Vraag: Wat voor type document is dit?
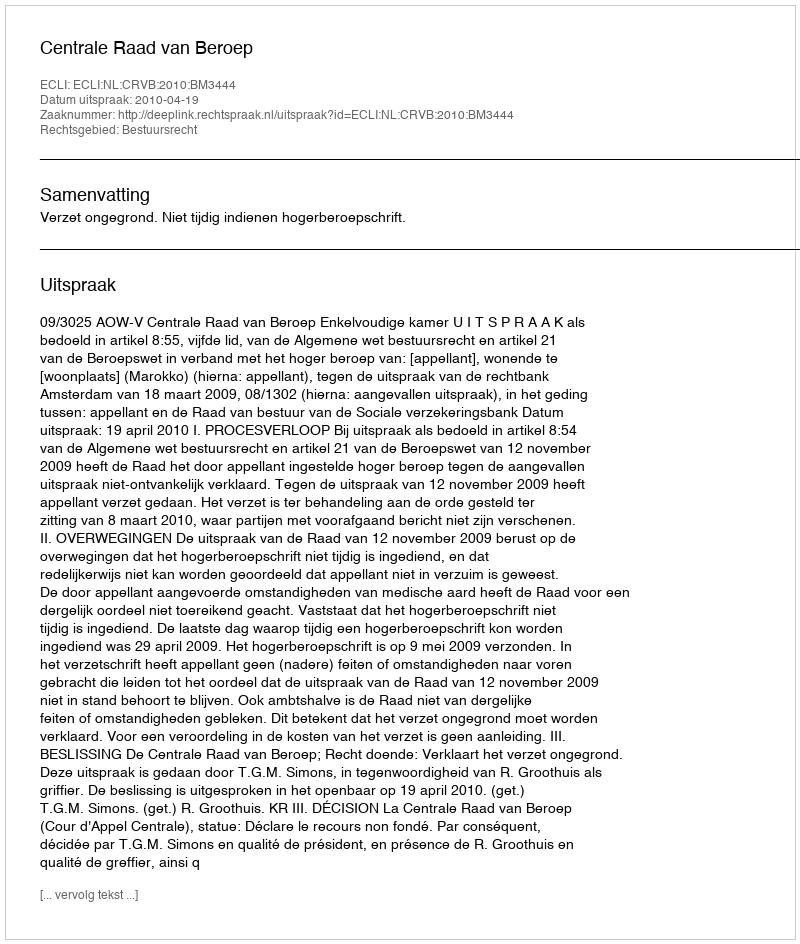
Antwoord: Uitspraak